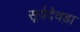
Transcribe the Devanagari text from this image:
सूर्यदेवड़ा